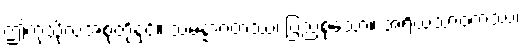
ဤကုသိုလ်အစုတို့နှင့်။ သမန္နာဂတဿ၊ ပြည့်စုံသော။ အရိယသာဝကဿ၊